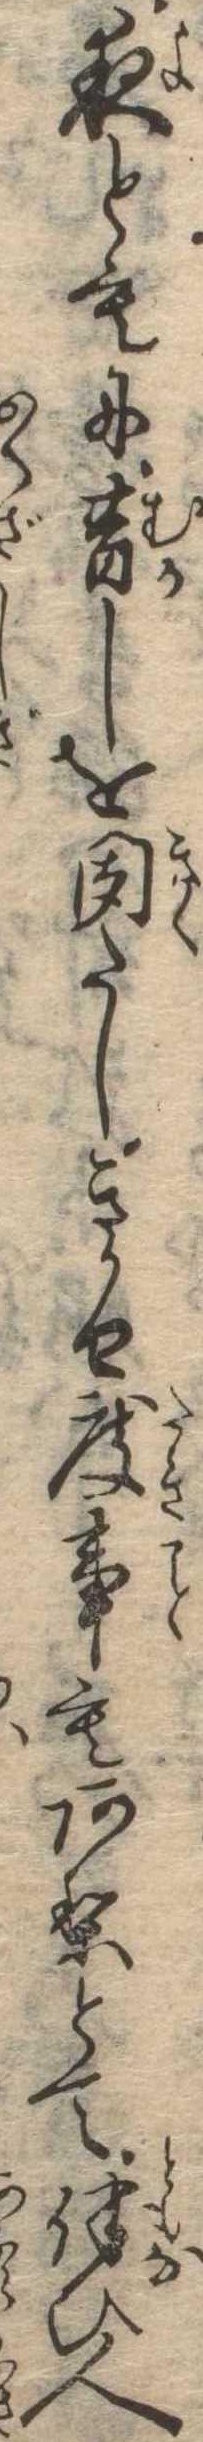
夜ともに昔しを聞たしきかせ度事もありとて伴ひ人